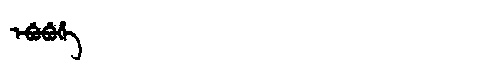
Manchu: ᡝᠪᡠᠪᡠᡥᡝ
Romanization: EBUBUHE